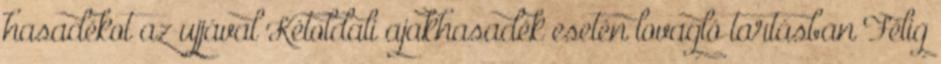
hasadékot az ujjával Kétoldali ajakhasadék esetén lovagló tartásban Félig